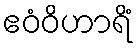
ဧဝံဝိဟာရိံ